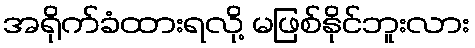
အရိုက်ခံထားရလို့ မဖြစ်နိုင်ဘူးလား